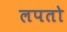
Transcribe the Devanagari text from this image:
लपतो